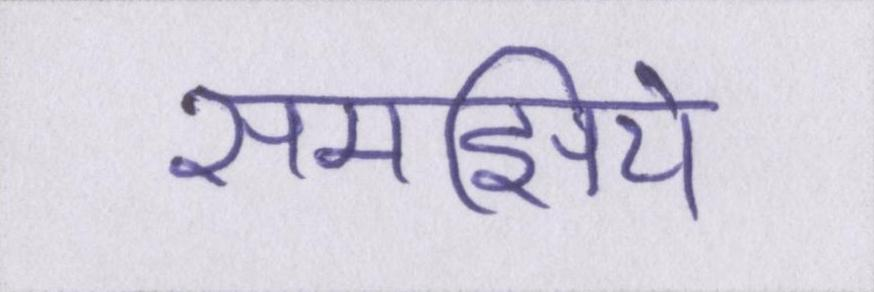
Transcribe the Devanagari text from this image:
समझिये